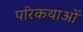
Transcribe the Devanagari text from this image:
परिकथाओं